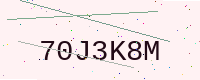
Text: 70J3K8M